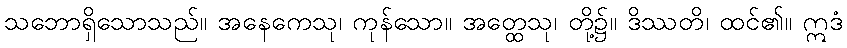
သဘောရှိသောသည်။ အနေကေသု၊ ကုန်သော။ အတ္ထေသု၊ တို့၌။ ဒိဿတိ၊ ထင်၏။ ဣဒံ